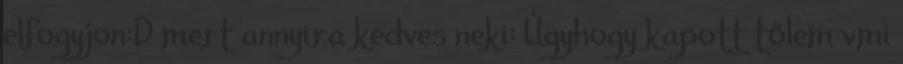
elfogyjon:D mert annyira kedves neki: Úgyhogy kapott tőlem vmi